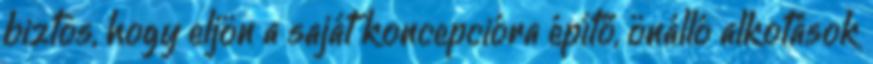
biztos, hogy eljön a saját koncepcióra építő, önálló alkotások